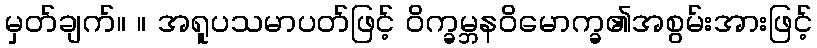
မှတ်ချက်။ ။ အရူပသမာပတ်ဖြင့် ဝိက္ခမ္ဘနဝိမောက္ခ၏အစွမ်းအားဖြင့်